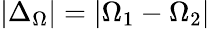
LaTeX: |\Delta_{\Omega}|=|\Omega_{1}-\Omega_{2}|